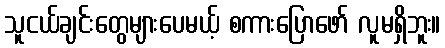
သူငယ်ချင်းတွေများပေမယ့် စကားပြောဖော် လူမရှိဘူး။